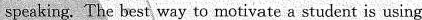
speaking. The best way to motivate a student is using